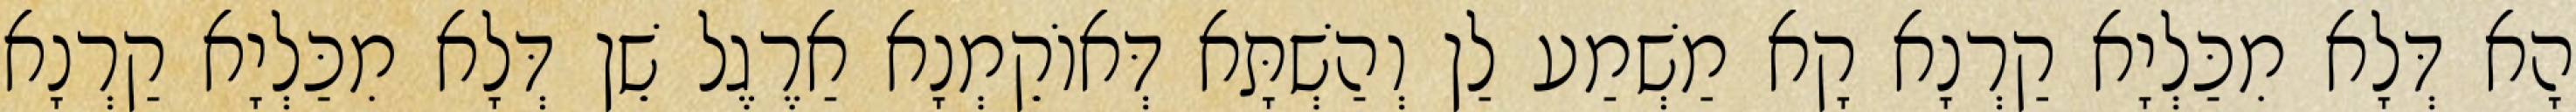
הָא דְּלָא מִכַּלְיָא קַרְנָא קָא מַשְׁמַע לַן וְהַשְׁתָּא דְּאוֹקֵמְנָא אַרֶגֶל שֵׁן דְּלָא מִכַּלְיָא קַרְנָא